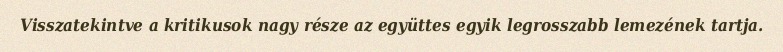
Visszatekintve a kritikusok nagy része az együttes egyik legrosszabb lemezének tartja.